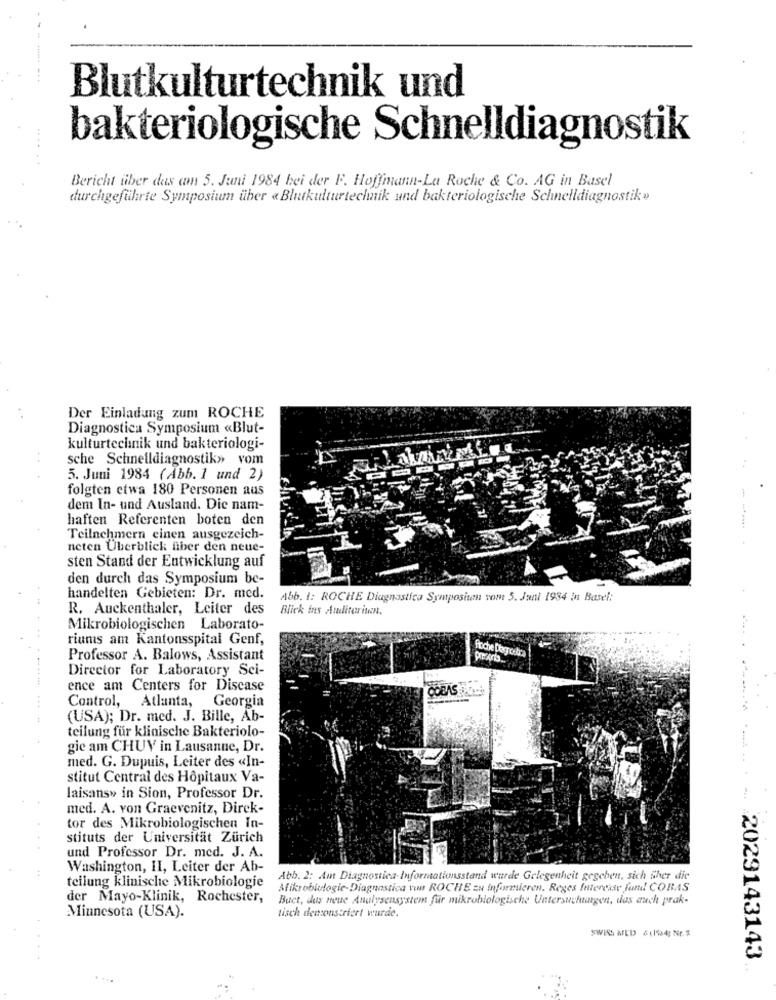
Blutkulturtechnik und
bakteriologische Schnelldiagnostik
..... +
Bericht über das am 5. Juni 1984 bei der F. Hoffmann-La Roche & Co. AG in Basel
durchgeführte Symposium über «Blutkulturtechnik und bakteriologische Schnelldiagnostik»
Der Einladung zum ROCHE
Diagnostica Symposium «Blut-
kulturtechnik und bakteriologi-
sche Schnelldiagnostik» vom
5. Juni 1984 (Abb. 1 und 2)
folgten etwa 180 Personen aus
dem In- und Ausland. Die nam-
haften Referenten boten den
Teilnehmern einen ausgezeich-
neten Überblick fiber den neue-
sten Stand der Entwicklung auf
den durch das Symposium be-
handelten Gebieten: Dr. med.
Abb. I: ROCHE Diagnostica Sympositen vom 5. Juni 1984 in Basel:
R. Auckenthaler, Leiter des
Blick ins Auditoritan.
Mikrobiologischen Laborato-
riums am Kantonsspital Genf,
Fraiche Dognostra
Professor A. Balows, Assistant
Director for Laboratory Sci-
--....
ence am Centers for Disease
Control,
Atlanta, Georgia
(USA); Dr. med. J. Bille, Ab-
teilung für klinische Bakteriolo-
gie am CHUV in Lausanne, Dr.
med. G. Dupuis, Leiter des «In-
stitut Central des Hôpitaux Va-
laisans» in Sion, Professor Dr.
med. A. von Graevenitz, Direk-
tor des Mikrobiologischen In-
stituts der Universität Zürich
und Professor Dr. med. J. A.
44
Washington, II, Leiter der Ab-
Abb. 2: Amt Diagnostica-Informationsstand wurde Gelegenheit gegeben, sich Gher die
teilung klinische Mikrobiologie
Mikrobiologie-Diagnostica von ROCHE zu Informieren. Reges Interesse fund COBAS
der Mayo-Klinik, Rochester,
Buet, dus neue Analysensystem für mikrobiologische Untersuchungen, das auch prak-
Minnesota (USA).
tisch demonstriert wurde.
2029143143